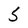
Character: 5